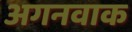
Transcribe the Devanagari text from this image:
अगनवाक